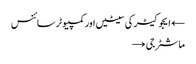
← ایجوکیٹر کی سیٹیں اور کمپیوٹر سائنس
ماشٹر جی →